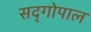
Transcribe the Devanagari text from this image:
सद्‍गोपाल